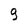
Character: 9